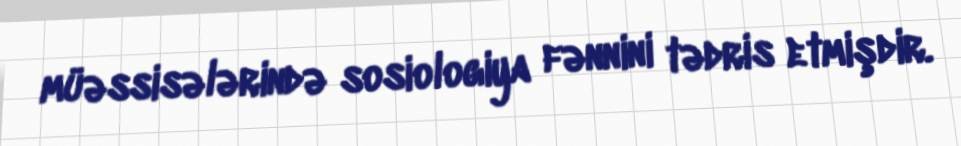
müəssisələrində sosiologiya fənnini tədris etmişdir.